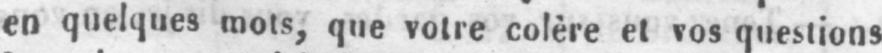
en quelques mots, que votre colère et vos questions